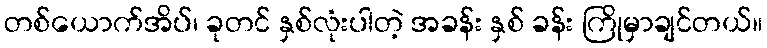
တစ်ယောက်အိပ်၊ ခုတင် နှစ်လုံးပါတဲ့ အခန်း နှစ် ခန်း ကြိုမှာချင်တယ်။